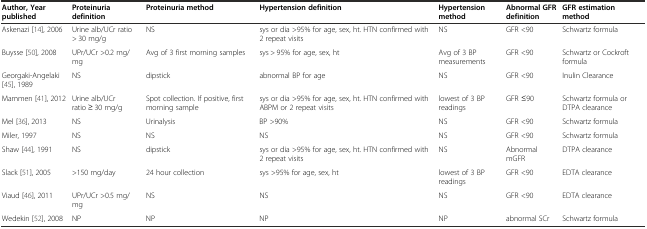
<table><thead><tr><td><b>Author, Year published</b></td><td><b>Proteinuria definition</b></td><td><b>Proteinuria method</b></td><td><b>Hypertension definition</b></td><td><b>Hypertension method</b></td><td><b>Abnormal GFR definition</b></td><td><b>GFR estimation method</b></td></tr></thead><tbody><tr><td>Askenazi[14], 2006</td><td>Urine alb/UCr ratio &gt; 30 mg/g</td><td>NS</td><td>sys or dia &gt;95% for age, sex, ht. HTN confirmed with 2 repeat visits</td><td>NS</td><td>GFR &lt;90</td><td>Schwartz formula</td></tr><tr><td>Buysse[50], 2008</td><td>UPr/UCr &gt;0.2 mg/mg</td><td>Avg of 3 first morning samples</td><td>sys &gt; 95% for age, sex, ht</td><td>Avg of 3 BP measurements</td><td>GFR &lt;90</td><td>Schwartz or Cockroft formula</td></tr><tr><td>Georgaki-Angelaki[45], 1989</td><td>NS</td><td>dipstick</td><td>abnormal BP for age</td><td>NS</td><td>GFR &lt;90</td><td>Inulin Clearance</td></tr><tr><td>Mammen[41], 2012</td><td>Urine alb/UCr ratio ≥ 30 mg/g</td><td>Spot collection. If positive, first morning sample</td><td>sys or dia &gt;95% for age, sex, ht. HTN confirmed with ABPM or 2 repeat visits</td><td>lowest of 3 BP readings</td><td>GFR ≤90</td><td>Schwartz formula or DTPA clearance</td></tr><tr><td>Mel[36], 2013</td><td>NS</td><td>Urinalysis</td><td>BP &gt;90%</td><td>NS</td><td>GFR &lt;90</td><td>Schwartz formula</td></tr><tr><td>Miler, 1997</td><td>NS</td><td>NS</td><td>NS</td><td>NS</td><td>GFR &lt;90</td><td>Schwartz formula</td></tr><tr><td>Shaw[44], 1991</td><td>NS</td><td>dipstick</td><td>sys or dia &gt;95% for age, sex, ht. HTN confirmed with 2 repeat visits</td><td>NS</td><td>Abnormal mGFR</td><td>DTPA clearance</td></tr><tr><td>Slack[51], 2005</td><td>&gt;150 mg/day</td><td>24 hour collection</td><td>sys &gt;95% for age, sex, ht</td><td>lowest of 3 BP readings</td><td>GFR &lt;90</td><td>EDTA clearance</td></tr><tr><td>Viaud[46], 2011</td><td>UPr/UCr &gt;0.5 mg/mg</td><td>NS</td><td>NS</td><td>NS</td><td>GFR &lt;90</td><td>EDTA clearance</td></tr><tr><td>Wedekin[52], 2008</td><td>NP</td><td>NP</td><td>NP</td><td>NP</td><td>abnormal SCr</td><td>Schwartz formula</td></tr></tbody></table>